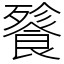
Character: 餮